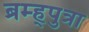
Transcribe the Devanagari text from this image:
ब्रम्ह्पुत्रा